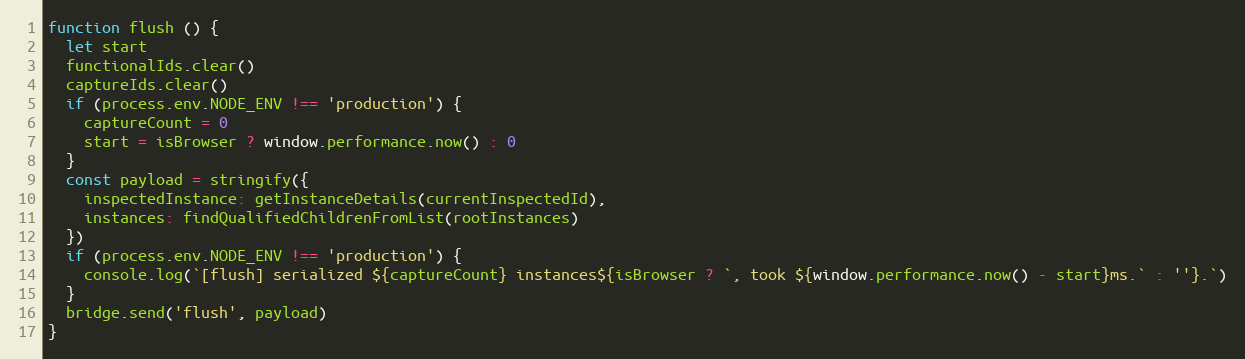
Language: JavaScript
function flush () {
  let start
  functionalIds.clear()
  captureIds.clear()
  if (process.env.NODE_ENV !== 'production') {
    captureCount = 0
    start = isBrowser ? window.performance.now() : 0
  }
  const payload = stringify({
    inspectedInstance: getInstanceDetails(currentInspectedId),
    instances: findQualifiedChildrenFromList(rootInstances)
  })
  if (process.env.NODE_ENV !== 'production') {
    console.log(`[flush] serialized ${captureCount} instances${isBrowser ? `, took ${window.performance.now() - start}ms.` : ''}.`)
  }
  bridge.send('flush', payload)
}